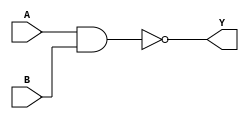
module NAND_Gate_Delay (
  input wire A, // Input signal
  input wire B, // Input signal
  output reg Y // Output signal with delay
);

reg temp;

always @(A, B) begin
  #5; // Introduce a delay of 5 units
  temp = ~(A & B); // NAND Gate operation
  Y <= temp; // Output signal
end

endmodule